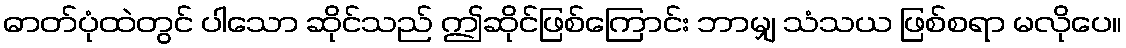
ဓာတ်ပုံထဲတွင် ပါသော ဆိုင်သည် ဤဆိုင်ဖြစ်ကြောင်း ဘာမျှ သံသယ ဖြစ်စရာ မလိုပေ။